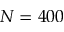
N = 4 0 0